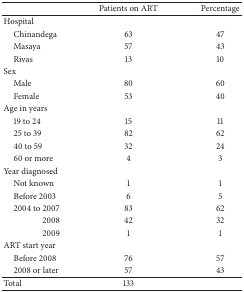
|  | Patients on ART | Percentage |
 | --- | --- | --- |
 | Hospital |  |  |
 | Chinandega | 63 | 47 |
 | Masaya | 57 | 43 |
 | Rivas | 13 | 10 |
 | Sex |  |  |
 | Male | 80 | 60 |
 | Female | 53 | 40 |
 | Age in years |  |  |
 | 19 to 24 | 15 | 11 |
 | 25 to 39 | 82 | 62 |
 | 40 to 59 | 32 | 24 |
 | 60 or more | 4 | 3 |
 | Year diagnosed |  |  |
 | Not known | 1 | 1 |
 | Before 2003 | 6 | 5 |
 | 2004 to 2007 | 83 | 62 |
 | 2008 | 42 | 32 |
 | 2009 | 1 | 1 |
 | ART start year |  |  |
 | Before 2008 | 76 | 57 |
 | 2008 or later | 57 | 43 |
 | Total | 133 |  |